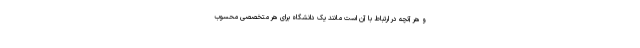
و هر آنچه در ارتباط با آن است مانند یک دانشگاه برای هر متخصصی محسوب